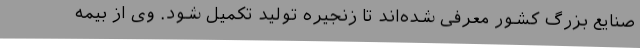
صنایع بزرگ کشور معرفی شده‌اند تا زنجیره تولید تکمیل شود. وی از بیمه